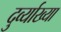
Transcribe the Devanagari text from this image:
दुर्व्याख्या